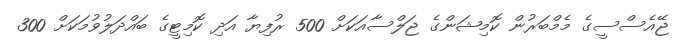
ޖޭއެސްސީގެ މެމްބަރުން ކޮމިޝަންގެ ޖަލްސާއަކަށް 500 ރުފިޔާ އަދި ކޮމިޓީގެ ބައްދަލުވުމަކަށް 300